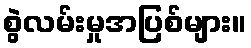
စွဲလမ်းမှုအပြစ်များ။